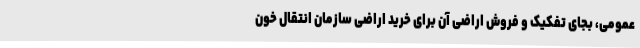
عمومی، بجای تفکیک و فروش اراضی آن برای خرید اراضی سازمان انتقال خون